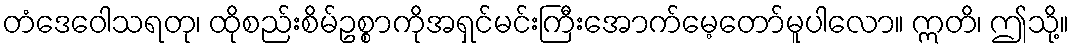
တံဒေဝေါသရတု၊ ထိုစည်းစိမ်ဥစ္စာကိုအရှင်မင်းကြီးအောက်မေ့တော်မူပါလော။ ဣတိ၊ ဤသို့။